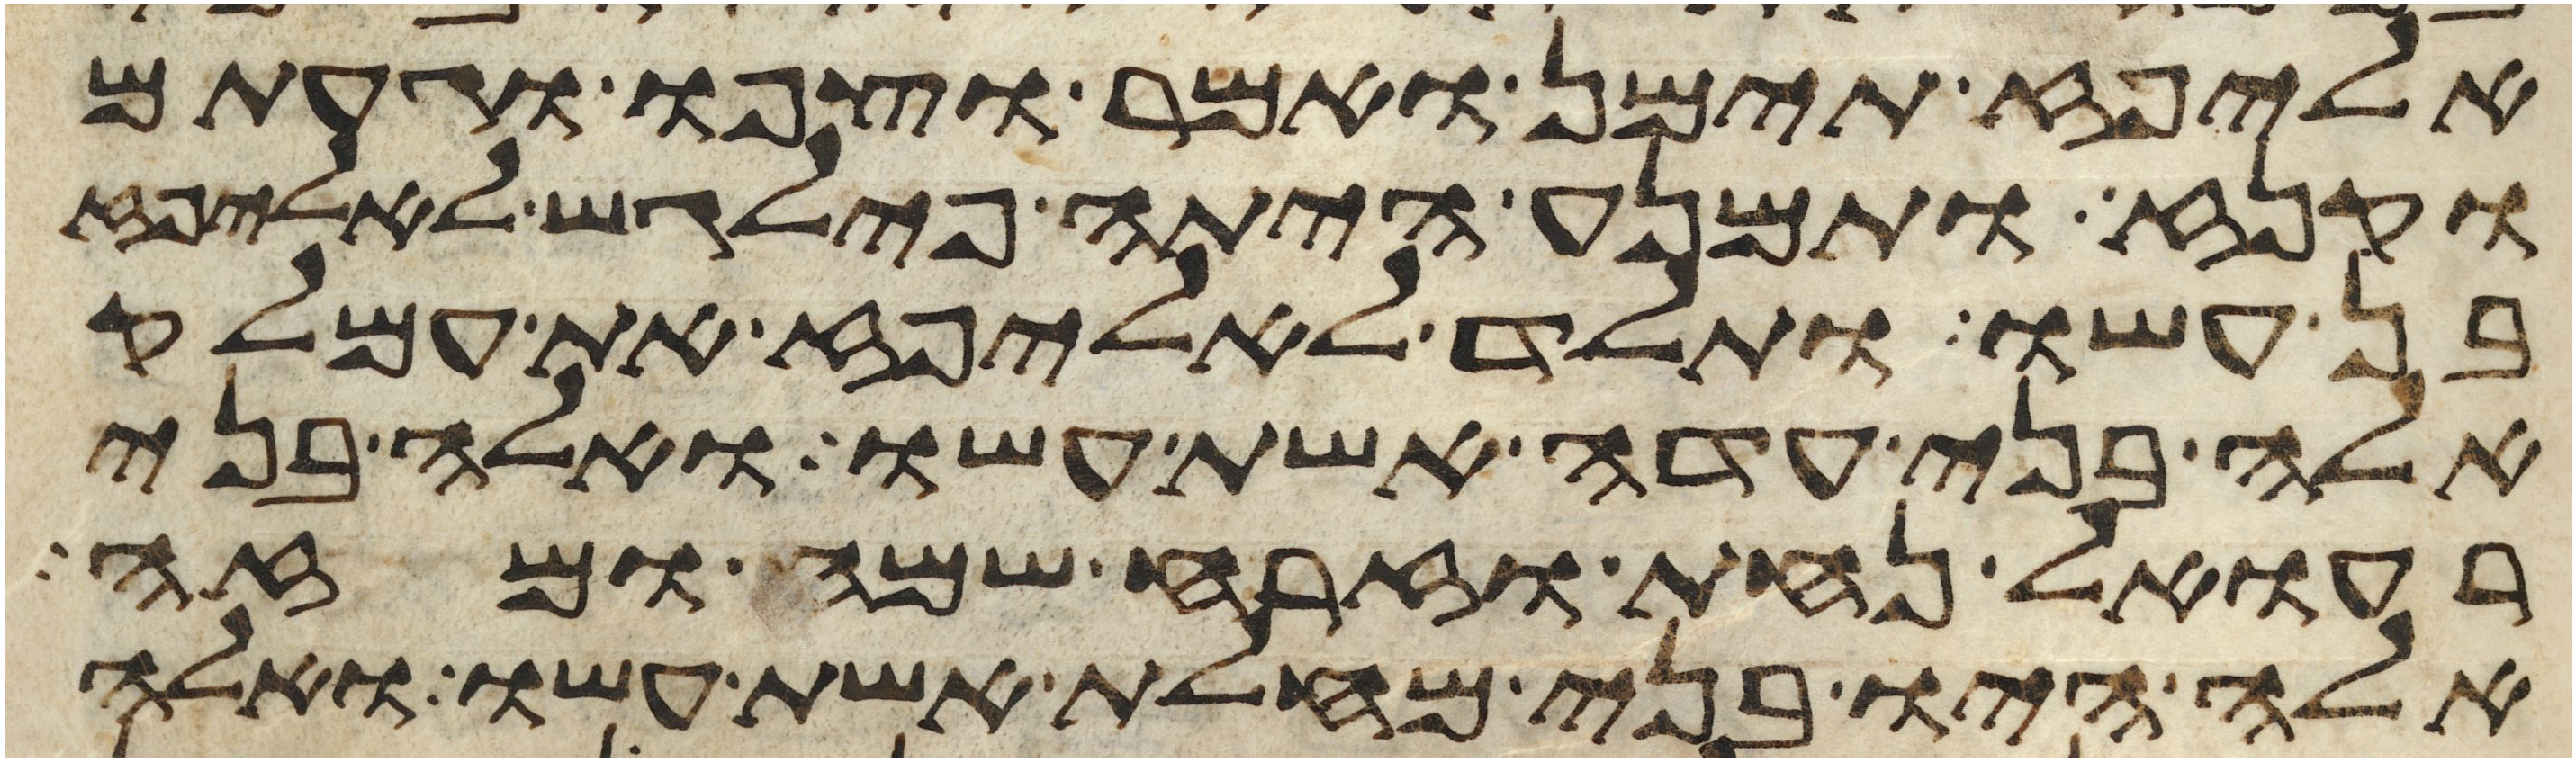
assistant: אליפז תימן ואמר וצפו וגעתם
וקנז ותמנע היתה פילגש לאליפז
בן עשו ותלד לאליפז את עמלק
אלה בני עדה אשת עשו ואלה בני
רעואל נחת וזרח שמח ומזה
אלה היו בני מחלת אשת עשו ואלה